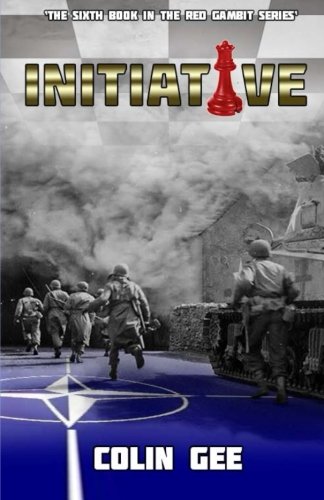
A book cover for Initiative - The sixth book in the Red Gambit series.; Colin Gee; Literature & Fiction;